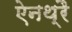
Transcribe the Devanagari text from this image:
ऐनथ्रै